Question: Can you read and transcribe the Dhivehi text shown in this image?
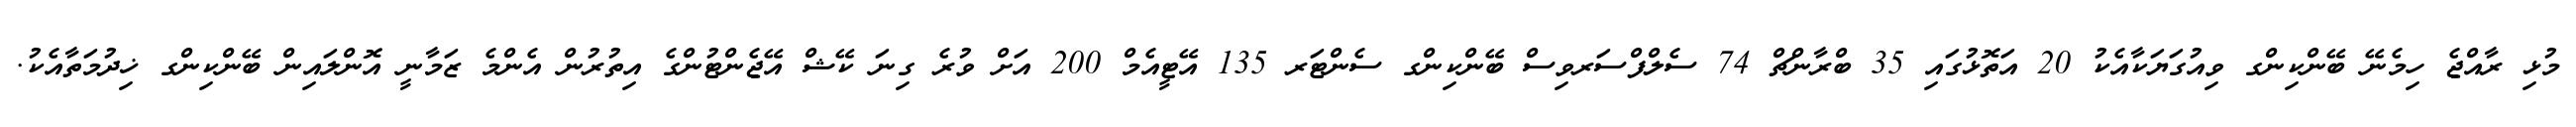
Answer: މުޅި ރާއްޖެ ހިމެނޭ ބޭންކިންގ ވިއުގަޔަކާއެކު 20 އަތޮޅުގައި 35 ބްރާންޗް 74 ސެލްފްސަރވިސް ބޭންކިންގ ސެންޓަރ 135 އޭޓީއެމް 200 އަށް ވުރެ ގިނަ ކޭޝް އޭޖެންޓުންގެ އިތުރުން އެންމެ ޒަމާނީ އޮންލައިން ބޭންކިންގ ޚިދުމަތާއެކު.